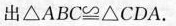
推出$$△ A B C ≌ △ C D A$$.